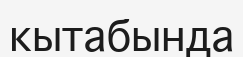
кытабында